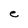
Character: e